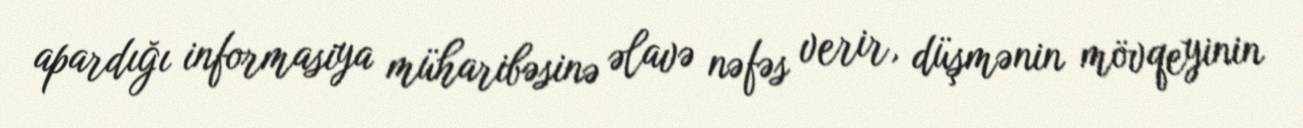
apardığı informasiya müharibəsinə əlavə nəfəs verir, düşmənin mövqeyinin